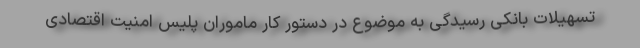
تسهیلات بانکی رسیدگی به موضوع در دستور کار ماموران پلیس امنیت اقتصادی